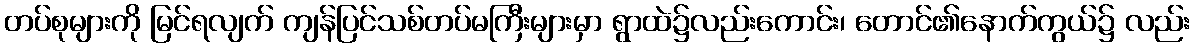
တပ်စုများကို မြင်ရလျက် ကျန်ပြင်သစ်တပ်မကြီးများမှာ ရွာထဲ၌လည်းကောင်း၊ တောင်၏နောက်ကွယ်၌ လည်း